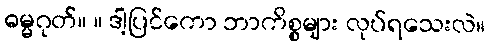
ဓမ္မဂုတ်။ ။ ဒါ့ပြင်ကော ဘာကိစ္စများ လုပ်ရသေးလဲ။